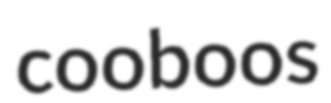
cooboos